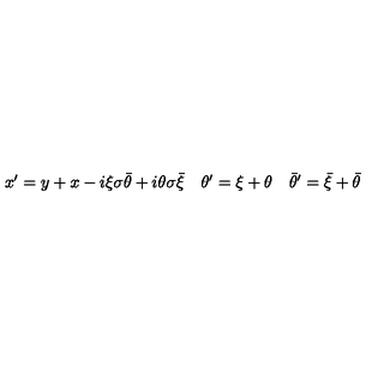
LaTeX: \begin{array} { l l l } { x ^ { \prime } = y + x - i \xi \sigma \bar { \theta } + i \theta \sigma \bar { \xi } } & { \theta ^ { \prime } = \xi + \theta } & { \bar { \theta } ^ { \prime } = \bar { \xi } + \bar { \theta } } \\ \end{array}